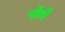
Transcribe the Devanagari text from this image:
पौधै